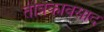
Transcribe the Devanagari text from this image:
तंत्रिकावसाद